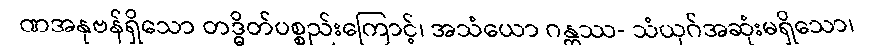
ဏအနုဗန်ရှိသော တဒ္ဓိတ်ပစ္စည်းကြောင့်၊ အသံယော ဂန္တဿ- သံယုဂ်အဆုံးမရှိသော၊